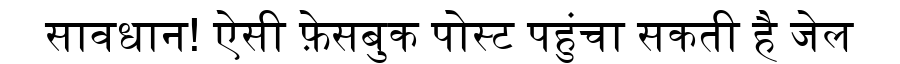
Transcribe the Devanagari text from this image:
सावधान! ऐसी फ़ेसबुक पोस्ट पहुंचा सकती है जेल